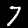
Label: 7